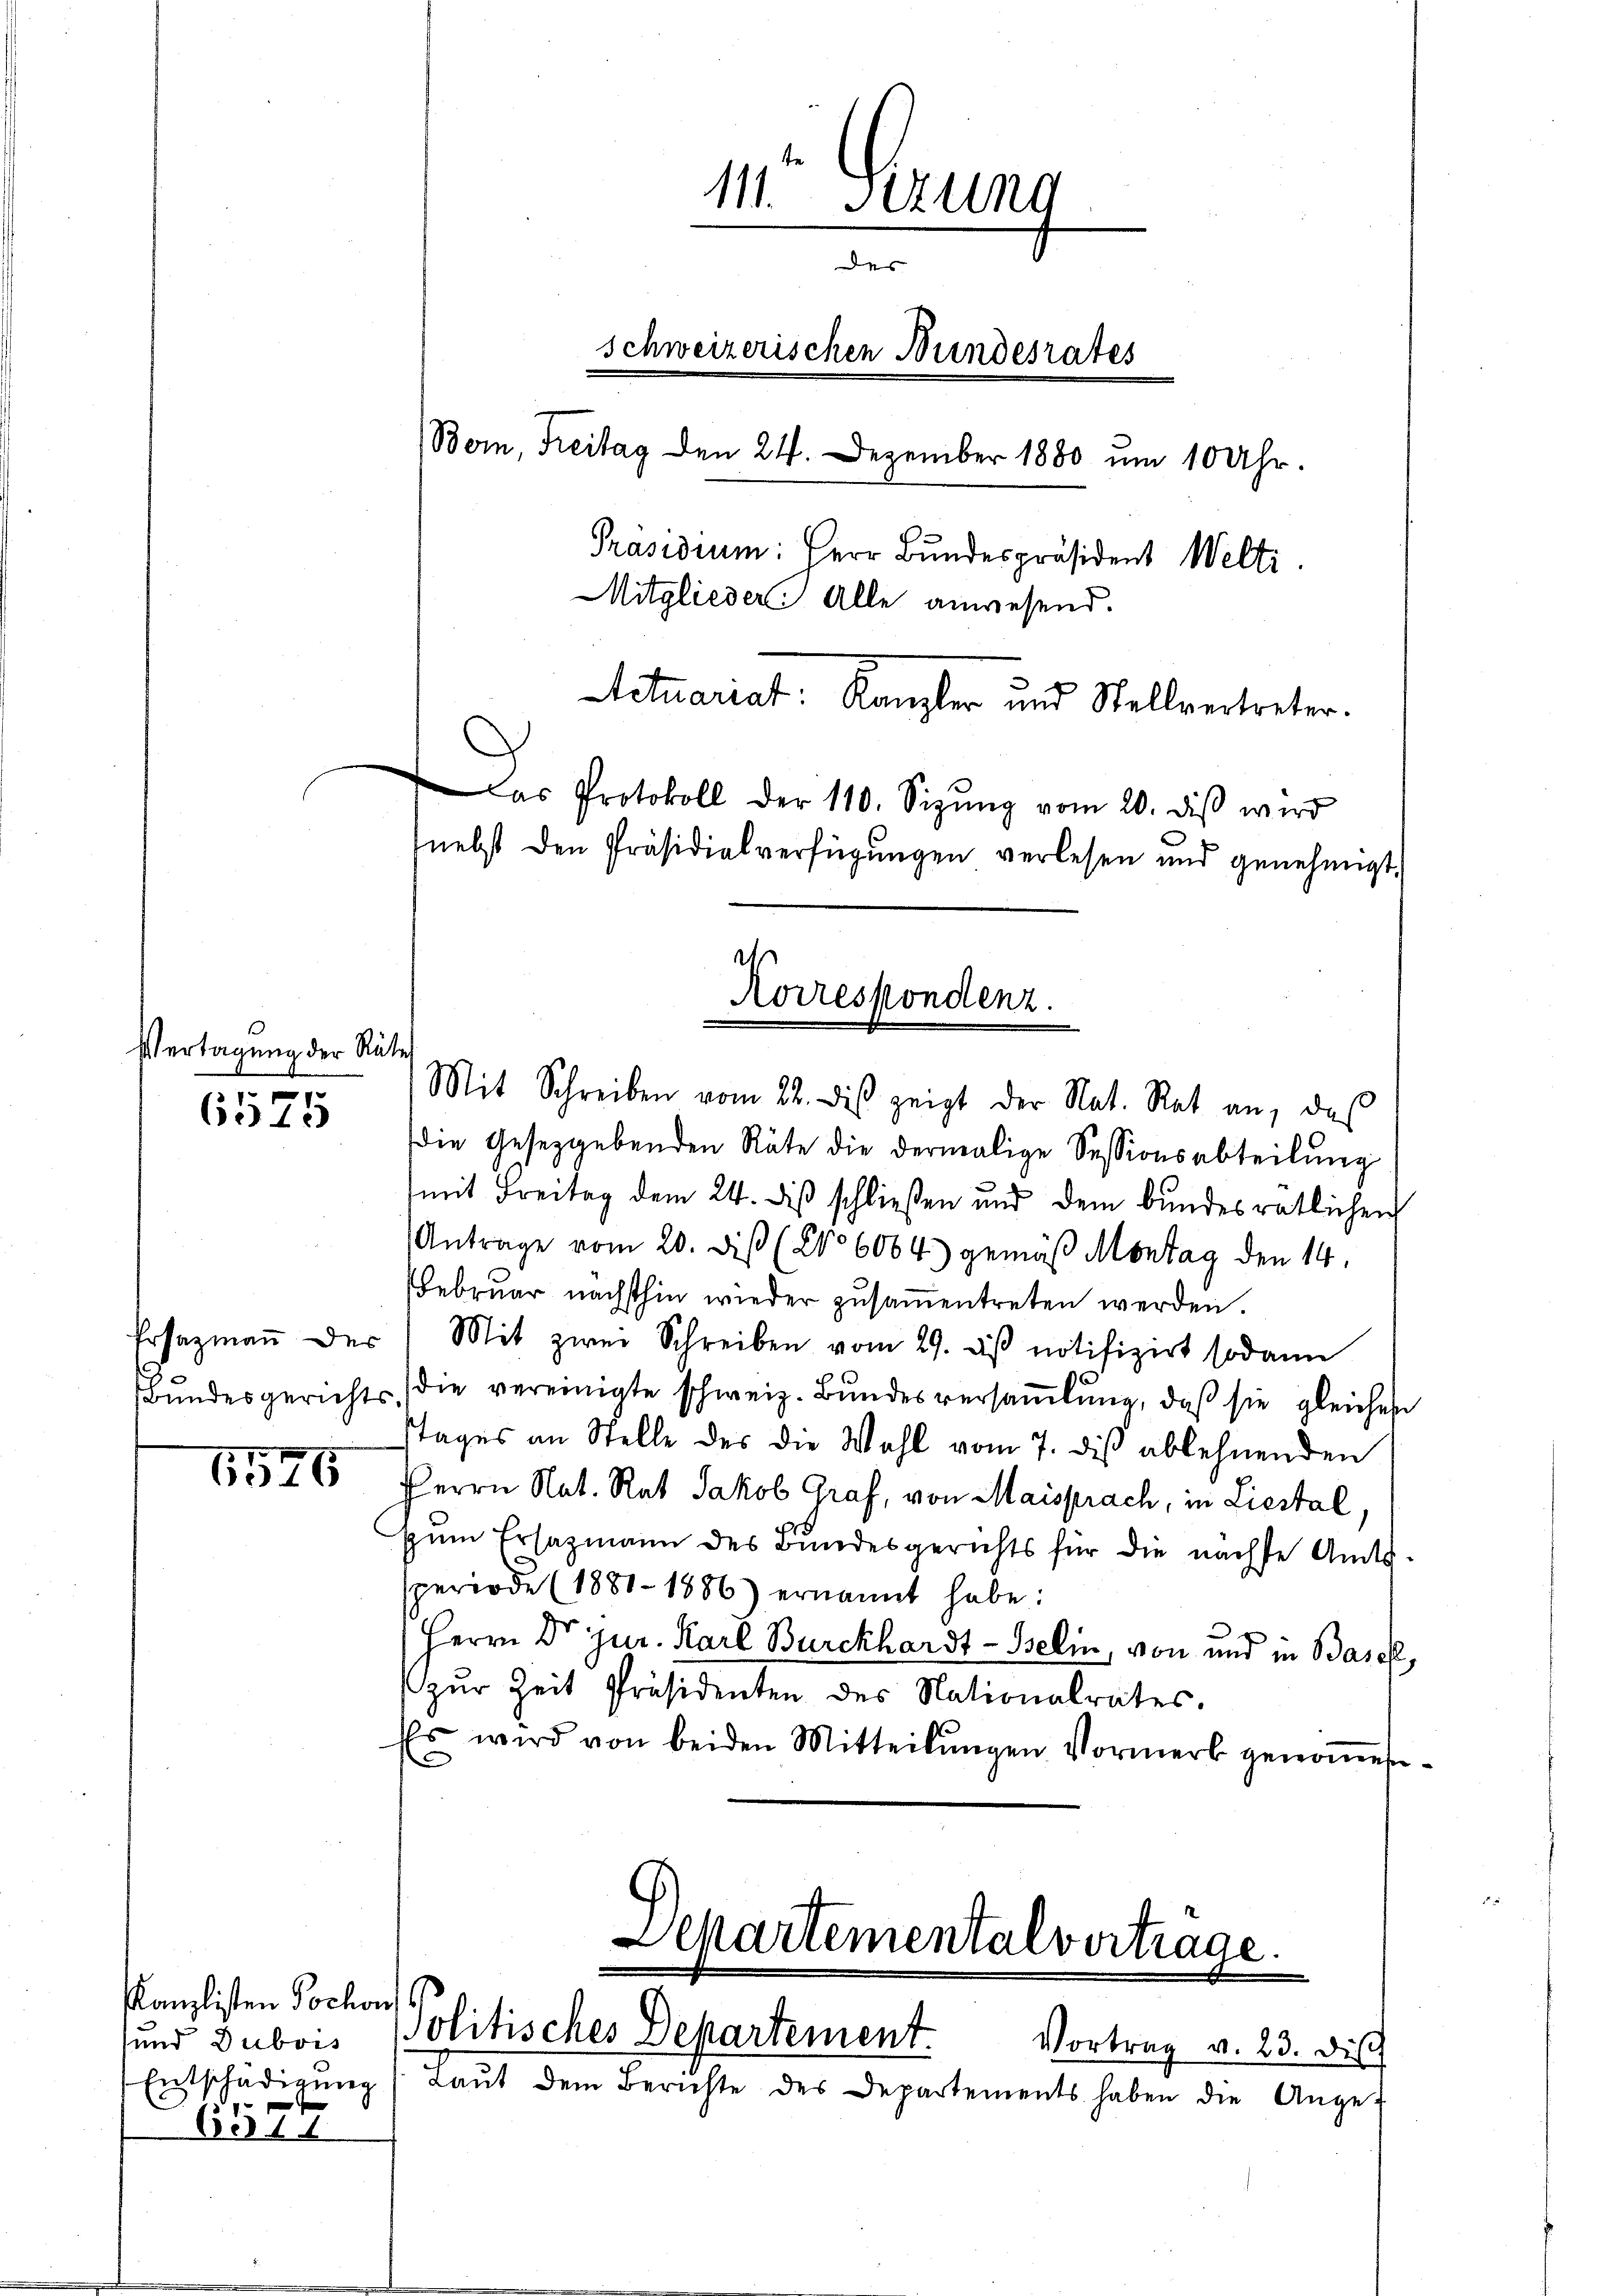
Vertagung der Räte

6525

Bundesgerichts.

1576

Kanzlisten Tochon
Entschädigung

657

Mit Schreiben vom 22. des zeigt der Nat. Rat an, daß
die Gesetzgebenden Räte die dermalige Sessionsabteilung
(mit Freitag dem 24. diß schließen und dem bundesrätlichen
Antrage vom 20. dieß (206064) gemäβ Montag den 14.
FFebruar nächsthin wieder zusamentreten werden.
Prsazmaṅ der Mit zwei Schreiben vom 29. ds notifizirt sodann
(die vereinigte schweiz. Bŭndesversaṁlŭng, daβ sie gleichen
tages an Stelle des die Wahl vom 7. dis ablehnenden
Herrn Nat. Rat Jakob Graf, von Maisprach, in Liestal
zum Ersazmann des Bundesgerichts für die nächste Amtssperiode (1881-1886) ernannt habe:
Herrn Dr jur. Karl Burckhardt - Belin, von und in Basel,
zŭr Zeit Präsidenten des Nationalrates.
Es wird von beiden Mitteilŭngen Vormerk genommen-

111. Sezung
des
schweizerischen Bundesrates
Bern, Freitag den 24. Dezember 1880 um 10 Uhr.
Präsidium: Herr Bundespräsident Welti.
Mitglieder Alle anwesend.
Actuariat: Kanzler und Stellvertreter.

Korrespondenz.

und Dubois Politisches Departement

Das Protokoll der 110. Sizŭng vom 20. diβ wird
(nebst den Präsidialverfügungen verlesen und genehmigt.

Separtementalvertrage.

Vortrag v. 23. di
Laŭt dem Berichte des Departements haben die Ange-